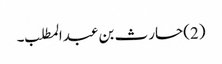
(2)حارث بن عبدالمطلب ۔